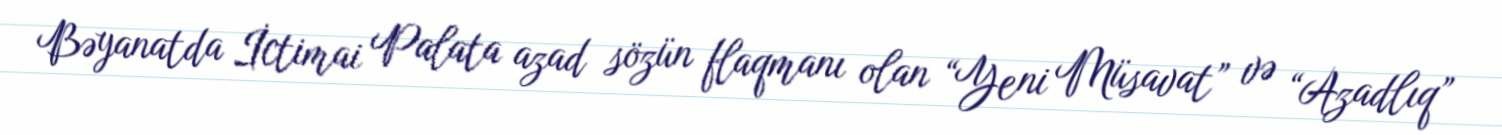
Bəyanatda İctimai Palata azad sözün flaqmanı olan “Yeni Müsavat” və “Azadlıq”